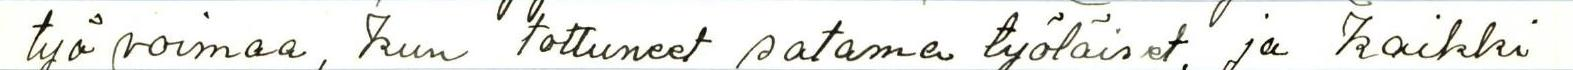
työvoimaa, kun tottuneet satama työläiset, ja kaikki